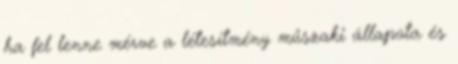
ha fel lenne mérve a létesítmény műszaki állapota és